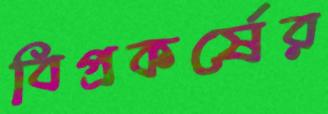
বিপ্রকর্ষের